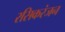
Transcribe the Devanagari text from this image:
रसिकरंजन